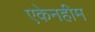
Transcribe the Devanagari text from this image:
एकेनहीम